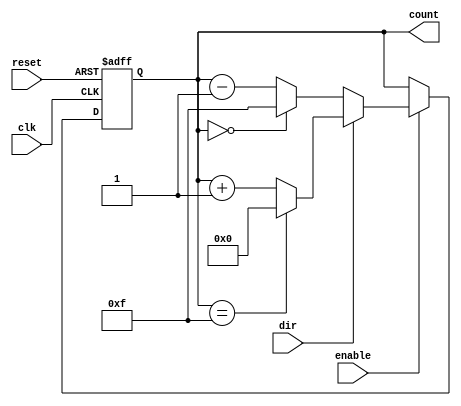
module SynchronousCounter #(
    parameter WIDTH = 4,        // Bit width of the counter
    parameter MAX_COUNT = 15,   // Maximum count value (2^WIDTH - 1)
    parameter INITIAL_VALUE = 0  // Initial value when reset
)(
    input wire clk,             // Clock signal
    input wire reset,           // Asynchronous reset
    input wire enable,          // Count enable
    input wire dir,             // Count direction (1 for up, 0 for down)
    output reg [WIDTH-1:0] count // Current count value
);

    // Always block for synchronous logic (counting)
    always @(posedge clk or posedge reset) begin
        if (reset) begin
            count <= INITIAL_VALUE; // Reset to initial value
        end else if (enable) begin
            if (dir) begin
                // Count up
                if (count == MAX_COUNT) begin
                    count <= 0; // Wrap around to 0
                end else begin
                    count <= count + 1; // Increment count
                end
            end else begin
                // Count down
                if (count == 0) begin
                    count <= MAX_COUNT; // Wrap around to MAX_COUNT
                end else begin
                    count <= count - 1; // Decrement count
                end
            end
        end
    end

endmodule